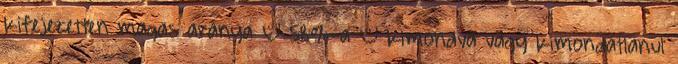
kifejezetten magas aránya – 58%-a – kimondva vagy kimondatlanul